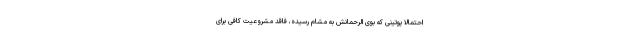
احتمالا پوتینی که بوی الرحمانش به مشام رسیده، فاقد مشروعیت کافی برای